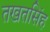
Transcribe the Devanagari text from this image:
तखतसिंह